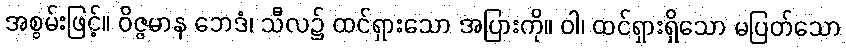
အစွမ်းဖြင့်။ ဝိဇ္ဇမာန ဘေဒံ၊ သီလ၌ ထင်ရှားသော အပြားကို။ ဝါ၊ ထင်ရှားရှိသော မပြတ်သော